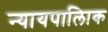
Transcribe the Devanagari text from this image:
न्यायपालिाक